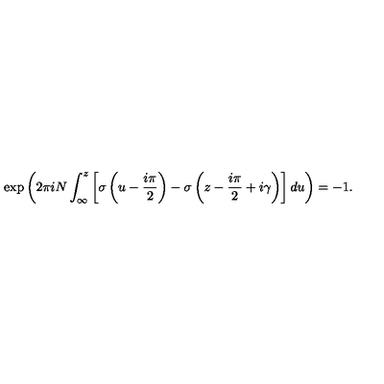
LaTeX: \exp \left( 2 \pi i N \int _ { \infty } ^ { z } \left[ \sigma \left( u - \frac { i \pi } { 2 } \right) - \sigma \left( z - \frac { i \pi } { 2 } + i \gamma \right) \right] d u \right) = - 1 .